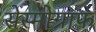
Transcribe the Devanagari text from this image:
सेस्मोग्राफ